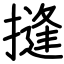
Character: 摓